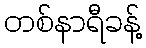
တစ်နာရီခန့်